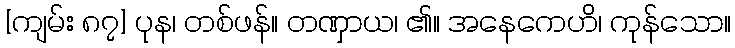
[ကျမ်း ၈၇] ပုန၊ တစ်ဖန်။ တဏှာယ၊ ၏။ အနေကေဟိ၊ ကုန်သော။